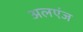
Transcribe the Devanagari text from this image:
अलएंज